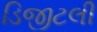
ડિજીટલી